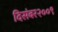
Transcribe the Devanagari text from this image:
दिसंबर२००९